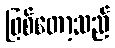
ဖြစ်တော့သည်